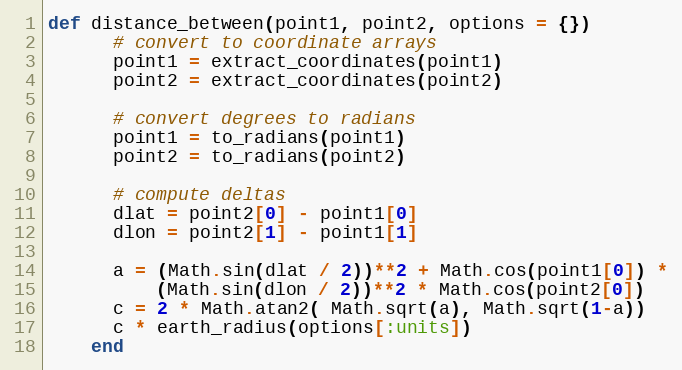
Language: Ruby
def distance_between(point1, point2, options = {})
      # convert to coordinate arrays
      point1 = extract_coordinates(point1)
      point2 = extract_coordinates(point2)

      # convert degrees to radians
      point1 = to_radians(point1)
      point2 = to_radians(point2)

      # compute deltas
      dlat = point2[0] - point1[0]
      dlon = point2[1] - point1[1]

      a = (Math.sin(dlat / 2))**2 + Math.cos(point1[0]) *
          (Math.sin(dlon / 2))**2 * Math.cos(point2[0])
      c = 2 * Math.atan2( Math.sqrt(a), Math.sqrt(1-a))
      c * earth_radius(options[:units])
    end